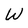
Character: W